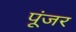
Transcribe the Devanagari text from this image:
पूंजर